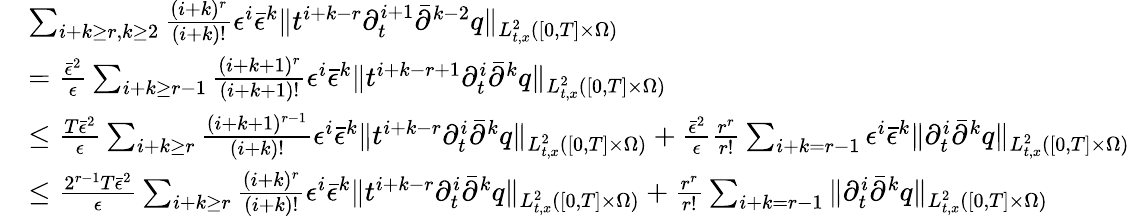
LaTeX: \begin{array}{rl}&{\sum_{i+k\ge r,k\ge 2}\frac{(i+k)^{r}}{(i+k)!}\epsilon^{i}\bar{\epsilon}^{k}\| t^{i+k-r}\partial_{t}^{i+1}\bar{\partial}^{k-2}q\| _{L_{t,x}^{2}([0,T]\times\Omega)}}\\ &{=\frac{\bar{\epsilon}^{2}}{\epsilon}\sum_{i+k\ge r-1}\frac{(i+k+1)^{r}}{(i+k+1)!}\epsilon^{i}\bar{\epsilon}^{k}\| t^{i+k-r+1}\partial_{t}^{i}\bar{\partial}^{k}q\| _{L_{t,x}^{2}([0,T]\times\Omega)}}\\ &{\le\frac{T\bar{\epsilon}^{2}}{\epsilon}\sum_{i+k\ge r}\frac{(i+k+1)^{r-1}}{(i+k)!}\epsilon^{i}\bar{\epsilon}^{k}\| t^{i+k-r}\partial_{t}^{i}\bar{\partial}^{k}q\| _{L_{t,x}^{2}([0,T]\times\Omega)}+\frac{\bar{\epsilon}^{2}}{\epsilon}\frac{r^{r}}{r!}\sum_{i+k=r-1}\epsilon^{i}\bar{\epsilon}^{k}\| \partial_{t}^{i}\bar{\partial}^{k}q\| _{L_{t,x}^{2}([0,T]\times\Omega)}}\\ &{\le\frac{2^{r-1}T\bar{\epsilon}^{2}}{\epsilon}\sum_{i+k\ge r}\frac{(i+k)^{r}}{(i+k)!}\epsilon^{i}\bar{\epsilon}^{k}\| t^{i+k-r}\partial_{t}^{i}\bar{\partial}^{k}q\| _{L_{t,x}^{2}([0,T]\times\Omega)}+\frac{r^{r}}{r!}\sum_{i+k=r-1}\| \partial_{t}^{i}\bar{\partial}^{k}q\| _{L_{t,x}^{2}([0,T]\times\Omega)}}\end{array}